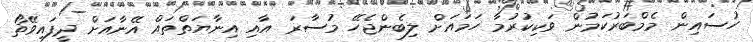
ހުސައިން މެމްބަރުކަމުން ވަކިކުރުމާ ހަމައަށް ލިބެންޖެހޭ މުސާރަ އާއި އިނާޔަތްތައް އޭނާއަށް ދީފައިވޭތޯ